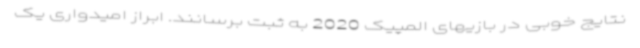
نتایج خوبی در بازیهای المپیک 2020 به ثبت برسانند. ابراز امیدواری یک